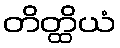
တိတ္ထိယံ